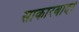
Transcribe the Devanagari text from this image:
साकारवादी